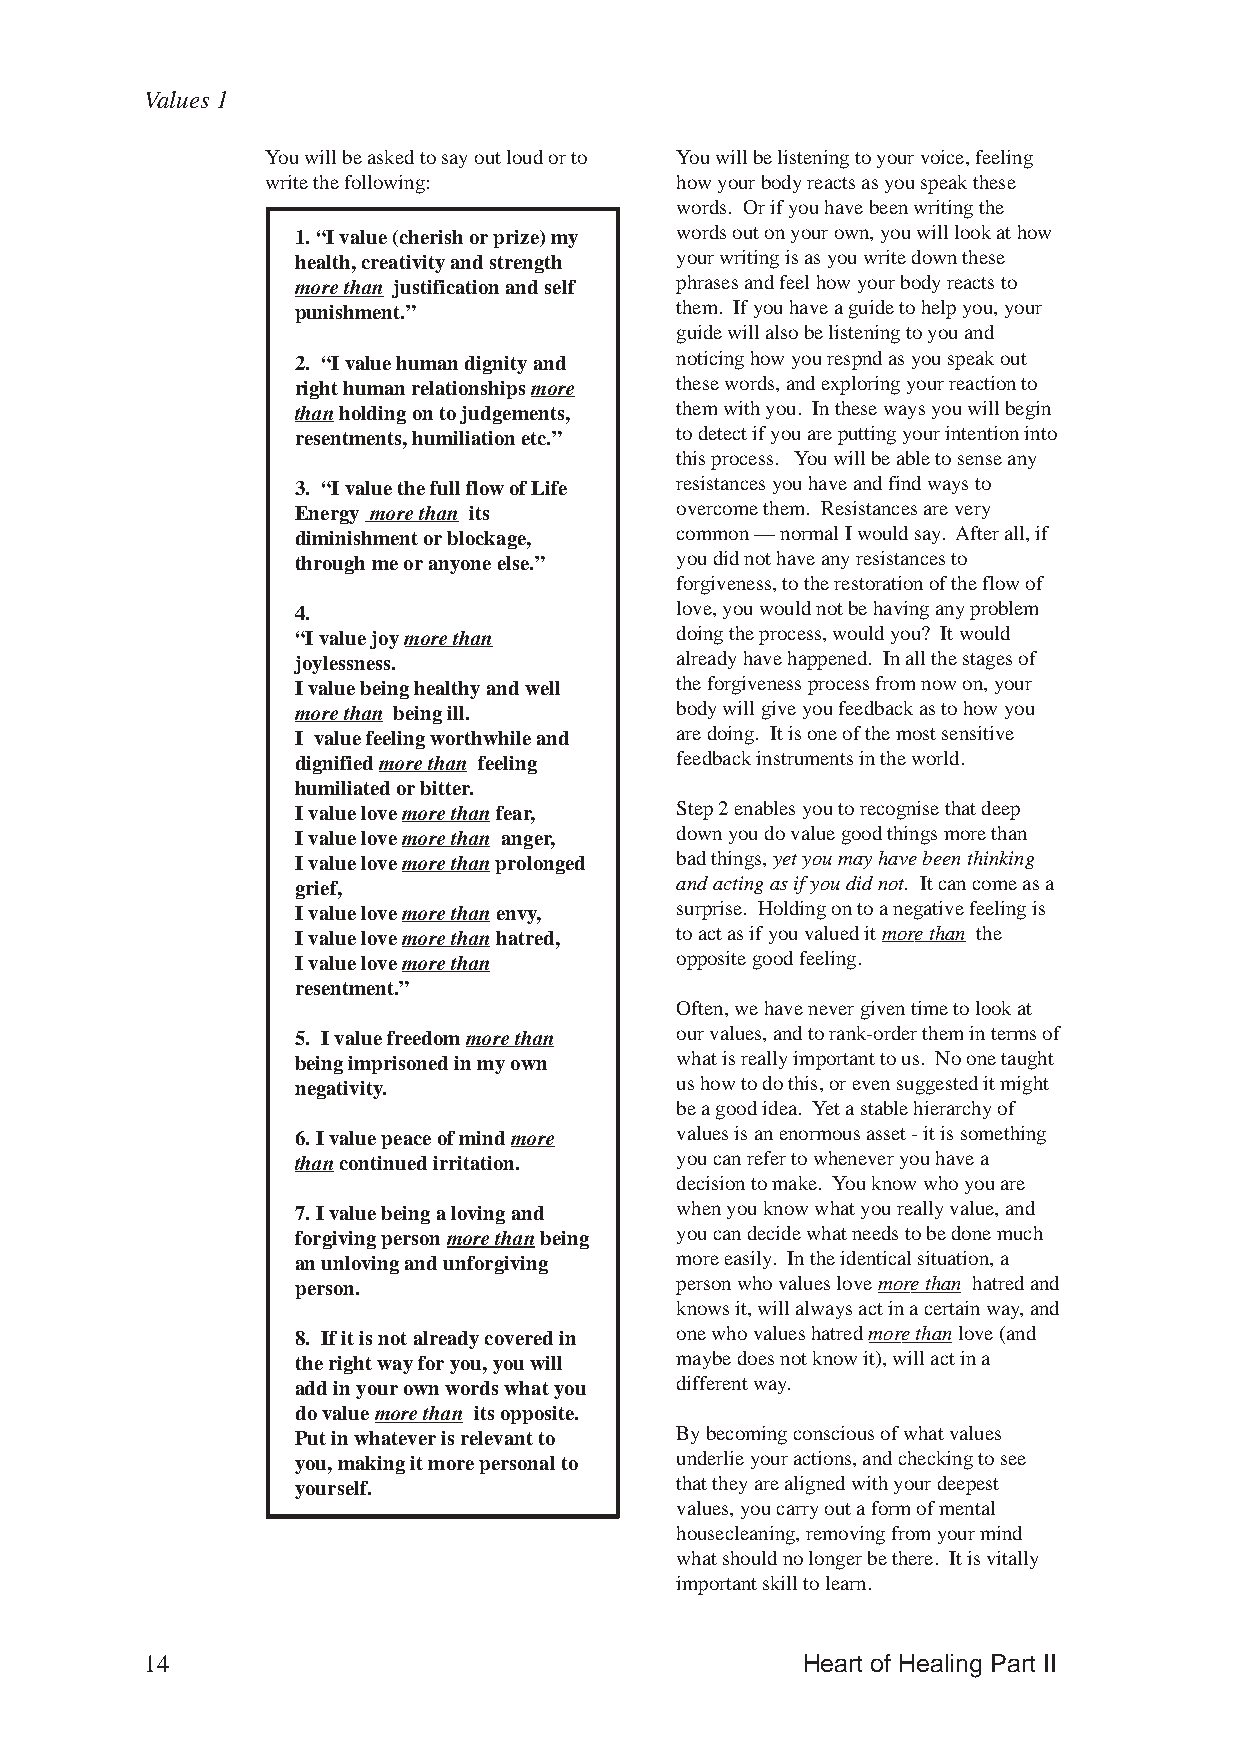
Values 1
 You will be asked to say out loud or to You will be listening to your voice, feeling
 write the following:       how your body reacts as you speak these
 words. Or if you have been writing the
 1. “I value (cherish or prize) my words out on your own, you will look at how
 health, creativity and strength your writing is as you write down these
 more than justification and self phrases and feel how your body reacts to
 punishment.”             them. If you have a guide to help you, your
 guide will also be listening to you and
 2. “I value human dignity and noticing how you respnd as you speak out
 right human relationships more these words, and exploring your reaction to
 than holding on to judgements, them with you. In these ways you will begin
 resentments, humiliation etc.” to detect if you are putting your intention into
 this process. You will be able to sense any
 3. “I value the full flow of Life resistances you have and find ways to
 Energy more than its     overcome them. Resistances are very
 diminishment or blockage, common — normal I would say. After all, if
 through me or anyone else.” you did not have any resistances to
 forgiveness, to the restoration of the flow of
 4.                       love, you would not be having any problem
 “I value joy more than   doing the process, would you? It would
 joylessness.             already have happened. In all the stages of
 I value being healthy and well the forgiveness process from now on, your
 more than being ill.     body will give you feedback as to how you
 I value feeling worthwhile and are doing. It is one of the most sensitive
 dignified more than feeling feedback instruments in the world.
 humiliated or bitter.
 I value love more than fear, Step 2 enables you to recognise that deep
 I value love more than anger, down you do value good things more than
 I value love more than prolonged bad things, yet you may have been thinking
 grief,                   and acting as if you did not. It can come as a
 I value love more than envy, surprise. Holding on to a negative feeling is
 I value love more than hatred, to act as if you valued it more than the
 I value love more than   opposite good feeling.
 resentment.”
 Often, we have never given time to look at
 5. I value freedom more than our values, and to rank-order them in terms of
 being imprisoned in my own what is really important to us. No one taught
 negativity.              us how to do this, or even suggested it might
 be a good idea. Yet a stable hierarchy of
 6. I value peace of mind more values is an enormous asset - it is something
 than continued irritation. you can refer to whenever you have a
 decision to make. You know who you are
 7. I value being a loving and when you know what you really value, and
 forgiving person more than being you can decide what needs to be done much
 an unloving and unforgiving more easily. In the identical situation, a
 person.                  person who values love more than hatred and
 knows it, will always act in a certain way, and
 8. If it is not already covered in one who values hatred more than love (and
 the right way for you, you will maybe does not know it), will act in a
 add in your own words what you different way.
 do value more than its opposite.
 Put in whatever is relevant to By becoming conscious of what values
 you, making it more personal to underlie your actions, and checking to see
 yourself.                that they are aligned with your deepest
 values, you carry out a form of mental
 housecleaning, removing from your mind
 what should no longer be there. It is vitally
 important skill to learn.
 14                                         Heart of Healing Part II